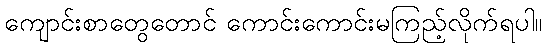
ကျောင်းစာတွေတောင် ကောင်းကောင်းမကြည့်လိုက်ရပါ။